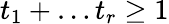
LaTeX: t_{1}+\dots t_{r}\geq 1